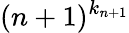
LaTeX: ({n+1})^{k_{n+1}}